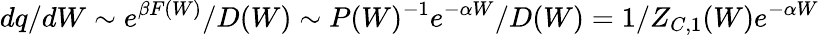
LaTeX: dq/dW\sim e^{\beta F(W)}/D(W)\sim P(W)^{-1}e^{-\alpha W}/D(W)=1/Z_{C,1}(W)e^{-\alpha W}